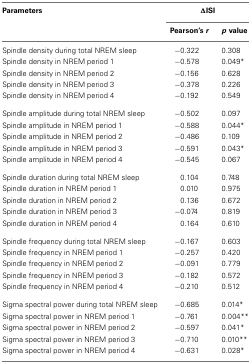
| Parameters | <COLSPAN=2> ΔISI |
 |  | Pearson’s r | p value |
 | --- | --- | --- |
 | Spindle density during total NREM sleep | −0.322 | 0.308 |
 | Spindle density in NREM period 1 | −0.578 | 0.049* |
 | Spindle density in NREM period 2 | −0.156 | 0.628 |
 | Spindle density in NREM period 3 | −0.378 | 0.226 |
 | Spindle density in NREM period 4 | −0.192 | 0.549 |
 | Spindle amplitude during total NREM sleep | −0.502 | 0.097 |
 | Spindle amplitude in NREM period 1 | −0.588 | 0.044* |
 | Spindle amplitude in NREM period 2 | −0.486 | 0.109 |
 | Spindle amplitude in NREM period 3 | −0.591 | 0.043* |
 | Spindle amplitude in NREM period 4 | −0.545 | 0.067 |
 | Spindle duration during total NREM sleep | 0.104 | 0.748 |
 | Spindle duration in NREM period 1 | 0.010 | 0.975 |
 | Spindle duration in NREM period 2 | 0.136 | 0.672 |
 | Spindle duration in NREM period 3 | −0.074 | 0.819 |
 | Spindle duration in NREM period 4 | 0.164 | 0.610 |
 | Spindle frequency during total NREM sleep | −0.167 | 0.603 |
 | Spindle frequency in NREM period 1 | −0.257 | 0.420 |
 | Spindle frequency in NREM period 2 | −0.091 | 0.779 |
 | Spindle frequency in NREM period 3 | −0.182 | 0.572 |
 | Spindle frequency in NREM period 4 | −0.210 | 0.512 |
 | Sigma spectral power during total NREM sleep | −0.685 | 0.014* |
 | Sigma spectral power in NREM period 1 | −0.761 | 0.004** |
 | Sigma spectral power in NREM period 2 | −0.597 | 0.041* |
 | Sigma spectral power in NREM period 3 | −0.710 | 0.010** |
 | Sigma spectral power in NREM period 4 | −0.631 | 0.028* |